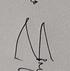
Signature authenticity: genuine